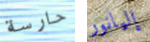
حارسة إليانور